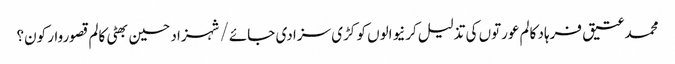
محمد عتیق فرہاد کالم	عورتوں کی تذلیل کرنیوالوں کو کڑی سزا دی جائے/شہزاد حسین بھٹی	کالم	قصوروار کون؟